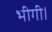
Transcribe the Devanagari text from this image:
भीगी।